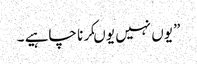
” یوں نہیں یوںکرنا چاہیے ۔